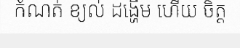
កំណត់ ខ្យល់ ដង្ហើម ហើយ ចិត្ត